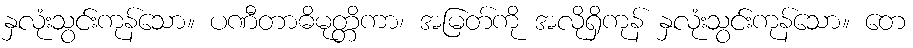
နှလုံးသွင်းကုန်သော။ ပဏီတာဓိမုတ္တိကာ၊ အမြတ်ကို အလိုရှိကုန် နှလုံးသွင်းကုန်သော။ တေ